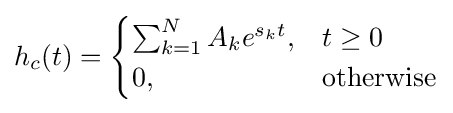
h_{c}(t)={\begin{cases}\sum _{k=1}^{N}{A_{k}e^{s_{k}t}},&t\geq 0\\0,&{\mbox{otherwise}}\end{cases}}